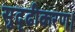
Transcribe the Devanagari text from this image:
सुदृढीकरण।